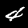
Digit: 4